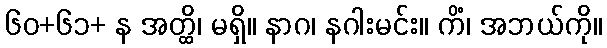
၆၀+၆၁+ န အတ္ထိ၊ မရှိ။ နာဂ၊ နဂါးမင်း။ ကိံ၊ အဘယ်ကို။